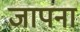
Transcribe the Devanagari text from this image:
जापना